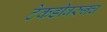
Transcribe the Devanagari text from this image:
टेकडीवरुनच